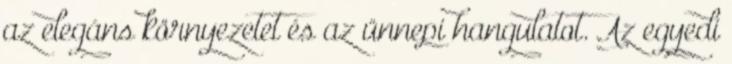
az elegáns környezetet és az ünnepi hangulatot. Az egyedi